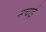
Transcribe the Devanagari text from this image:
नचाई